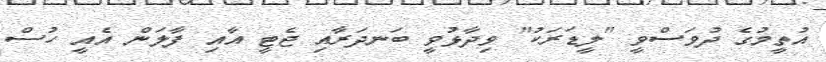
އުތީމުގެ ދުވަސްވީ "ލީޑަރަކު" ވިދާޅުވީ ބަނދަރާއި ޖެޓީ އާއި ފާލަން އެއީ ހުސް